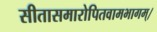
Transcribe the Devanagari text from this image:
सीतासमारोपितवामभागम्।